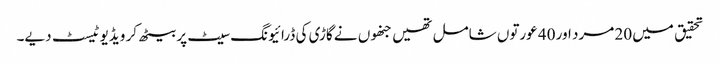
تحقیق میں 20 مرد اور 40 عورتوں شامل تھیں جنھوں نے گاڑی کی ڈرائیونگ سیٹ پر بیٹھ کر ویڈیو ٹیسٹ دیے۔